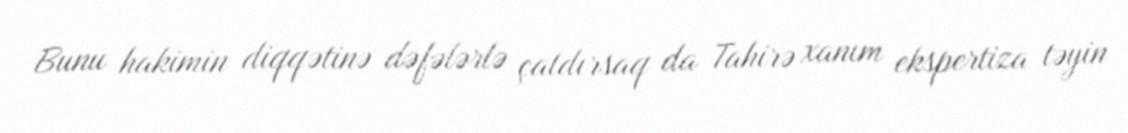
Bunu hakimin diqqətinə dəfələrlə çatdırsaq da Tahirə xanım ekspertiza təyin